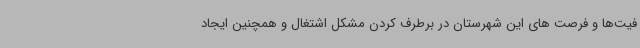
فیت‌ها و فرصت های این شهرستان در برطرف کردن مشکل اشتغال و همچنین ایجاد